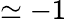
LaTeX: \simeq-1